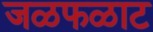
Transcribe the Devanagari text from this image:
जळफळाट